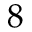
8